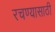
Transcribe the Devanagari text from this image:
रचण्यासाठी